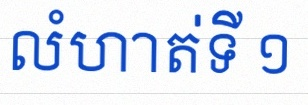
លំហាត់ទី ១